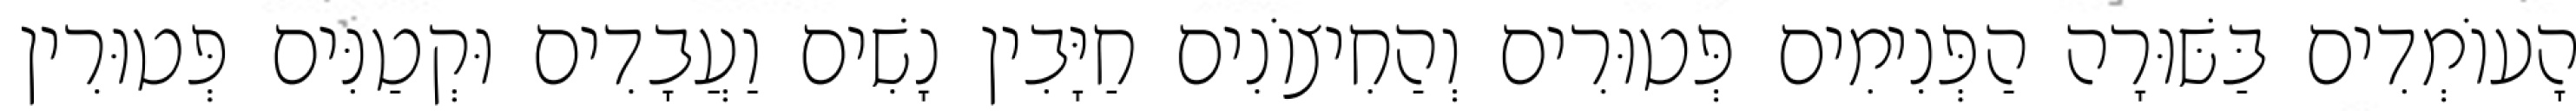
הָעוֹמְדִים בַּשּׁוּרָה הַפְּנִימִים פְּטוּרִים וְהַחִיצוֹנִים חַיָּבִין נָשִׁים וַעֲבָדִים וּקְטַנִּים פְּטוּרִין